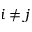
i \neq j